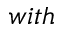
w i t h